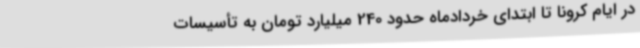
در ایام کرونا تا ابتدای خردادماه حدود 240 میلیارد تومان به تأسیسات